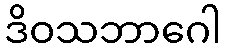
ဒိဝသဘာဂေါ